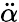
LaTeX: \ddot{\alpha}